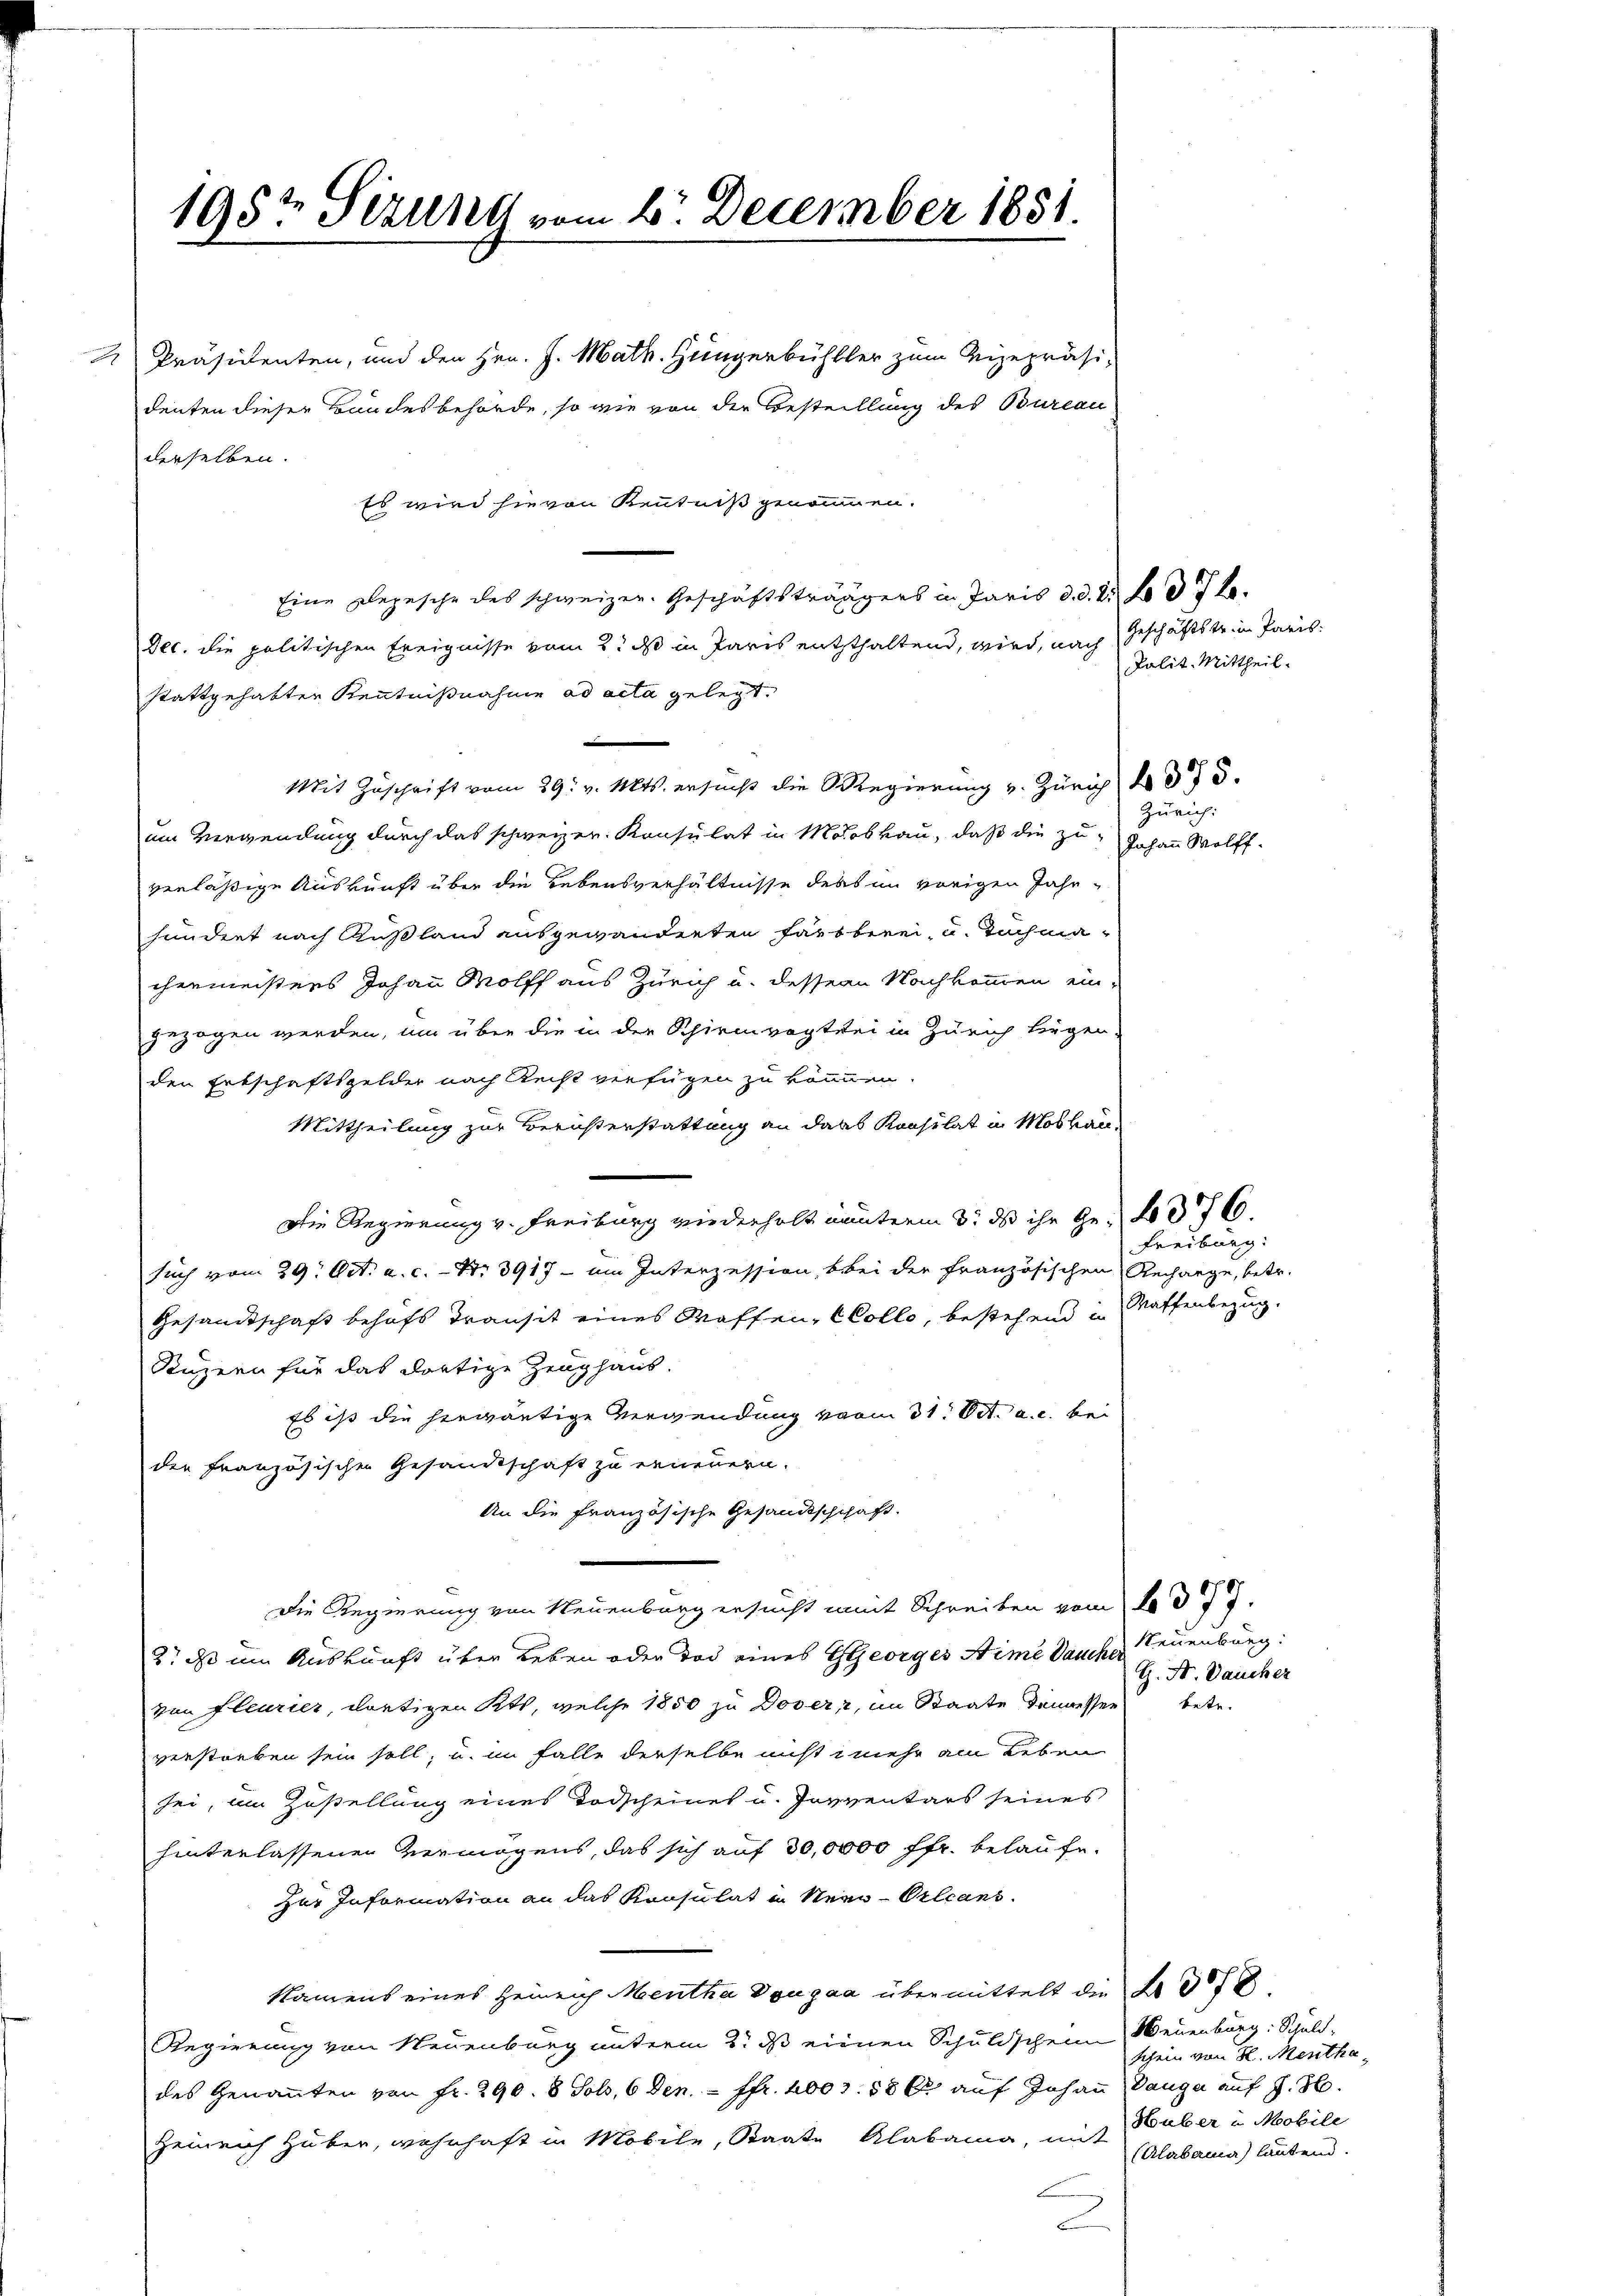
Es wird hievon Kenntniß genommen.
Eine Depesche des schweizer. Geschäftsträgers in Paris d. d. 2. No d 7 t.
Dec. die politischen Ereignisse vom 2. ds in Paris entsthaltend, wird, nach Geschäftstr. in Paris,
stattgehabten Kenntnißnahme ad acta gelegt.
Mit Zuschrift vom 29. v. Mts. ersucht die Regierung v. Zürich 4 375.
um Verwendung durch das schweizer. Konsulat in Mooskau, daß die zuverläßige Auskunft über die Lebensverhältnisse ders im vorigen Jahr-
hundert nach Kußland ausgewanderten Farb berei, u. Tuchmachermeisters Johann Wolff aus Zürich u. dessen Nachkommen ein-
gezogen werden, um über die in der Schirmvogtei in Zürich liegen-
den Ertschaftsgelder nach Recht verfügen zu können.
Mittheilung zur Berusterstattung an dass Konsulat in Moblau
Die Regierung v. Freiburg wiederholt munterm 3. ds ihr Ge- 376.
such vom 29. Oct. a. c. - Nr. 3917 - um Interzession, bei der Französischen Rechange, betr.
Gesandtschaft behufs Transit eines Waffen, (Collo, bestehend in Waffenbezug.
Stuzern für das dortige Zeughaus.
Es ist die herwärtige Verwendung vom 31. Oct. a. c. bei
der französischen Gesandtschaft zu erneuern.
An die Französische Gesandtschchaft.
Die Regierung von Neuenburg ersucht mit Schreiben vom 10. 377.
2. ds um Auskunft über Leben oder das eines Georges Aime Dauche Teuenburg:
von fleurier, dortigen Kts, welche 1850 zu Dover, im Staate Sinnessen betr.
verstorben sein soll, u. im Falle derselbe nicht mehr am Leben
sei, im Zustellung eines Todscheines u. Jovventars seines
hinterlassenen vermögens, das sich auf 30,0000 ffr. belaufe.
zur Information an das Konsulat in Neu-Orleans
Namens eines Heinrich Mentha Dougaa übermittelt die Bed
Regierung von Neuenburg unterm 2t. d einen Schuldschein Neuenburg: Schuld-
des Genannten von Fr. 290. 8 Jol, 6 Den - ffr. 1003. 58 kr auf Johann Danga auf J. H.
Heinrich Huber, wohnhaft in Mobile, Staate Klabama, mit Huber in Mobile
.

195t Serung vom 6. December 1851.

derselben.

denten dieser Bundesbehörde, so wie von der Bestellung des Bureau

Präsidenten, und den Hrn. J. Math. Hungerbühller zum Vizepräsi¬

Palit. Mittheil.

Zürich:
Johann Wolff.

Freiburg:

G. St. Daucher

schein von H. Mentha¬
Alabama) lautend.